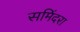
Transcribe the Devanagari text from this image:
समिंदरा